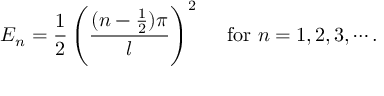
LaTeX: E _ { n } = \frac { 1 } { 2 } \left( \frac { ( n - \frac { 1 } { 2 } ) \pi } { l } \right) ^ { 2 } ~ ~ ~ ~ \mathrm { f o r } ~ n = 1 , 2 , 3 , \cdots .